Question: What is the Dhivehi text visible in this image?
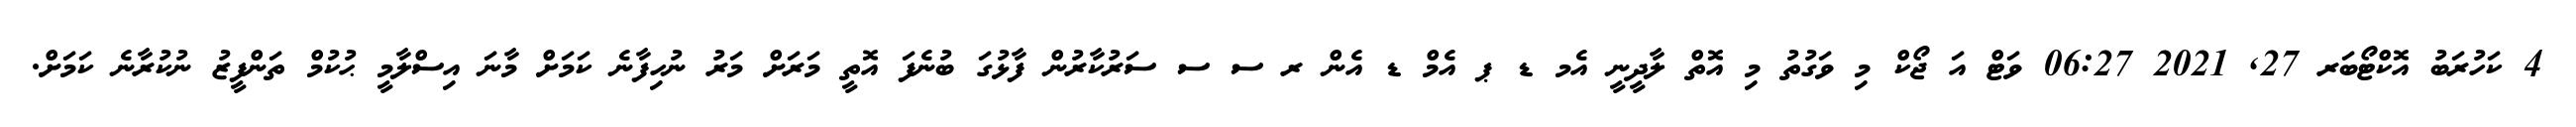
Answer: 4 ކަހުރަބު އޮކްޓޯބަރ 27, 2021 06:27 ވަޓް އަ ޖޯކް މި ވަގުތު މި އޮތް ލާދީނީ އެމ ޑ ޕ އެމް ޑ އެން ރ ސ ސ ސަރުކާރުން ފާޅުގަ ބުނެފަ އޮތީ މަރަށް މަރު ނުހިފާނެ ކަމަށް މާނަ އިސްލާމީ ޙުކުމް ތަންފީޒު ނުކުރާނެ ކަމަށް.